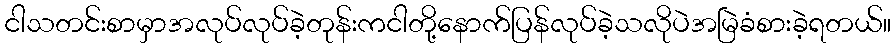
ငါသတင်းစာမှာအလုပ်လုပ်ခဲ့တုန်းကငါတို့နောက်ပြန်လုပ်ခဲ့သလိုပဲအမြဲခံစားခဲ့ရတယ်။